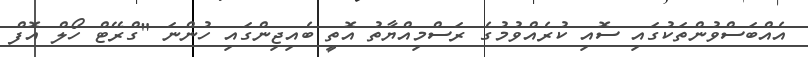
އެއްބަސްވުންތަކުގައި ސޮއި ކުރެއްވުމުގެ ރަސްމިއްޔާތު އޮތީ ބެއިޖިންގައި ހުންނަ "ގްރޭޓް ހޯލް އޮފް